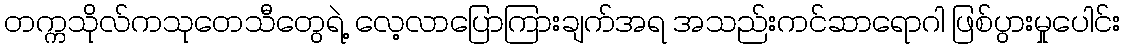
တက္ကသိုလ်ကသုတေသီတွေရဲ့ လေ့လာပြောကြားချက်အရ အသည်းကင်ဆာရောဂါ ဖြစ်ပွားမှုပေါင်း